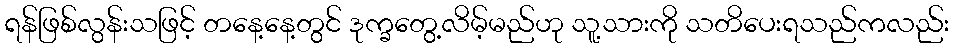
ရန်ဖြစ်လွန်းသဖြင့် တနေ့နေ့တွင် ဒုက္ခတွေ့လိမ့်မည်ဟု သူ့သားကို သတိပေးရသည်ကလည်း